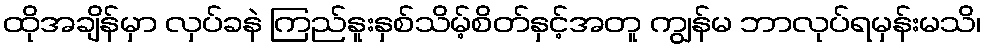
ထိုအချိန်မှာ လှပ်ခနဲ ကြည်နူးနှစ်သိမ့်စိတ်နှင့်အတူ ကျွန်မ ဘာလုပ်ရမှန်းမသိ၊